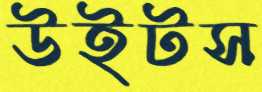
উইটস